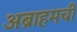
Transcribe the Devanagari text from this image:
अब्राहमची